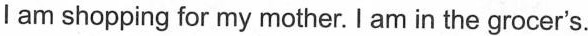
l am shopping for my mother. I am in the grocer's.